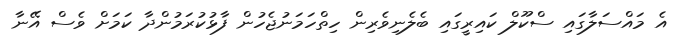
އެ މައްސަލާގައި ސްކޫލް ކައިރީގައި ބެލެނިވެރިން ހިތްހަމަނުޖެހުން ފާޅުކުރަމުންދާ ކަމަށް ވެސް އޭނާ